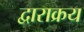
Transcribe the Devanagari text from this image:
द्वाराक्रय